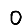
Digit: 0